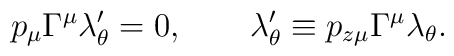
p_\mu\Gamma^\mu\lambda'_\theta =0, \qquad \lambda'_\theta \equiv p_{z\mu}\Gamma^\mu\lambda_\theta.